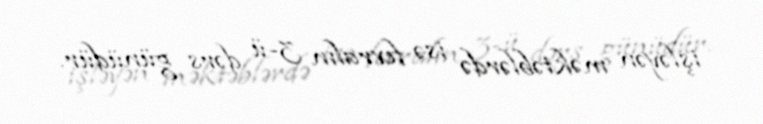
işləyən məktəblərdə isə fevralın 3-ü dərs günüdür.